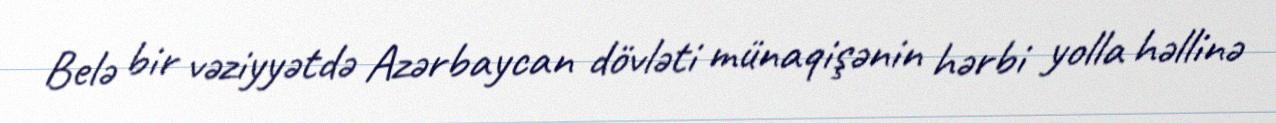
Belə bir vəziyyətdə Azərbaycan dövləti münaqişənin hərbi yolla həllinə